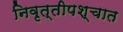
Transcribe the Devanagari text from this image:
निवृत्तीपश्चात